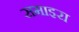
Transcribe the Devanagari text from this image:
समाइरा